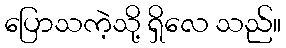
ပြောသကဲ့သို့ ရှိလေ သည်။